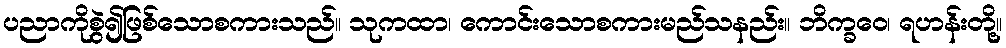
ပညာကိုစွဲ၍ဖြစ်သောစကားသည်။ သုကထာ၊ ကောင်းသောစကားမည်သနည်း။ ဘိက္ခဝေ၊ ရဟန်းတို့။